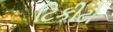
ટિકીટો